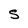
Character: S